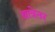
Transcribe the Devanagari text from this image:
आत्रेतर